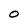
Character: 0